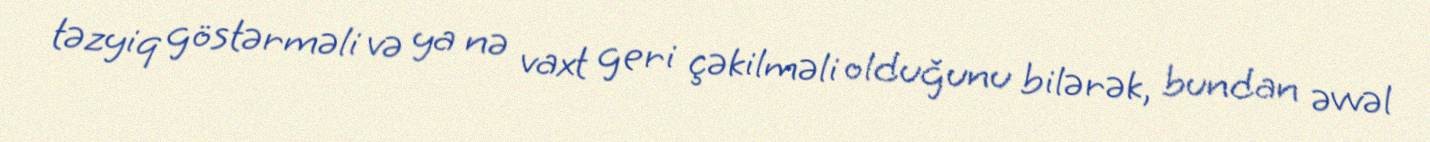
təzyiq göstərməli və ya nə vaxt geri çəkilməli olduğunu bilərək, bundan əvvəl